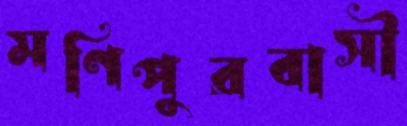
মণিপুরবাসী